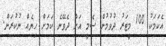
އެކަމަކު 100 މީޓަރު ދުވުމުން ސެމީ އަށް ދެވޭނެ ކަމަށް ހިޔެއް ނުކުރަން.